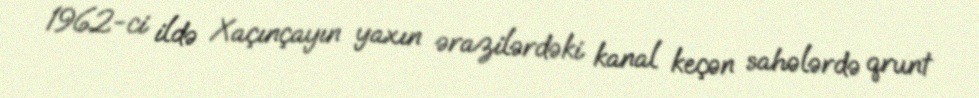
1962-ci ildə Xaçınçayın yaxın ərazilərdəki kanal keçən sahələrdə qrunt